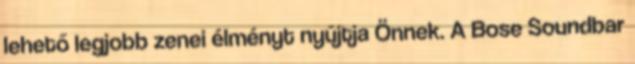
lehető legjobb zenei élményt nyújtja Önnek. A Bose Soundbar